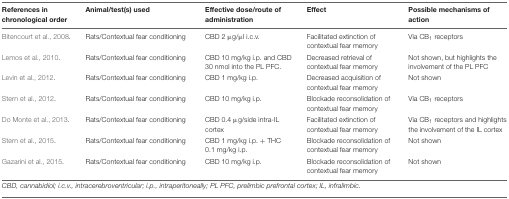
<table><thead><tr><td><b>References in chronological order</b></td><td><b>Animal/test(s) used</b></td><td><b>Effective dose/route of administration</b></td><td><b>Effect</b></td><td><b>Possible mechanisms of action</b></td></tr></thead><tbody><tr><td>Bitencourt et al., 2008.</td><td>Rats/Contextual fear conditioning</td><td>CBD 2 μg/μl i.c.v.</td><td>Facilitated extinction of contextual fear memory</td><td>Via CB<sub>1</sub> receptors</td></tr><tr><td>Lemos et al., 2010.</td><td>Rats/Contextual fear conditioning</td><td>CBD 10 mg/kg i.p. and CBD 30 nmol into the PL PFC.</td><td>Decreased retrieval of contextual fear memory</td><td>Not shown, but highlights the involvement of the PL PFC</td></tr><tr><td>Levin et al., 2012.</td><td>Rats/Contextual fear conditioning</td><td>CBD 1 mg/kg i.p.</td><td>Decreased acquisition of contextual fear memory</td><td>Not shown</td></tr><tr><td>Stern et al., 2012.</td><td>Rats/Contextual fear conditioning</td><td>CBD 10 mg/kg i.p.</td><td>Blockade reconsolidation of contextual fear memory</td><td>Via CB<sub>1</sub> receptors</td></tr><tr><td>Do Monte et al., 2013.</td><td>Rats/Contextual fear conditioning</td><td>CBD 0.4 μg/side intra-IL cortex</td><td>Facilitated extinction of contextual fear memory</td><td>Via CB<sub>1</sub> receptors and highlights the involvement of the IL cortex</td></tr><tr><td>Stern et al., 2015.</td><td>Rats/Contextual fear conditioning</td><td>CBD 1 mg/kg i.p. + THC 0.1 mg/kg i.p.</td><td>Blockade reconsolidation of contextual fear memory</td><td>Not shown</td></tr><tr><td>Gazarini et al., 2015.</td><td>Rats/Contextual fear conditioning</td><td>CBD 10 mg/kg i.p.</td><td>Blockade reconsolidation of contextual fear memory</td><td>Not shown</td></tr></tbody></table>